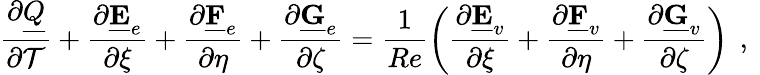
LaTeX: \frac{\partial\underline{{Q}}}{\partial\mathcal{T}}+\frac{\partial\underline{{\mathbf{E}}}_{e}}{\partial\xi}+\frac{\partial\underline{{\mathbf{F}}}_{e}}{\partial\eta}+\frac{\partial\underline{{\mathbf{G}}}_{e}}{\partial\zeta}=\frac{1}{Re}\left(\frac{\partial\underline{{\mathbf{E}}}_{v}}{\partial\xi}+\frac{\partial\underline{{\mathbf{F}}}_{v}}{\partial\eta}+\frac{\partial\underline{{\mathbf{G}}}_{v}}{\partial\zeta}\right)\, \mathrm{~,~}